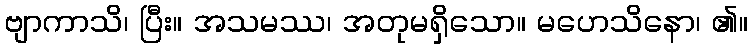
ဗျာကာသိ၊ ပြီး။ အသမဿ၊ အတုမရှိသော။ မဟေသိနော၊ ၏။